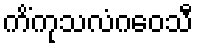
ကိံကုသလံဂဝေသီ